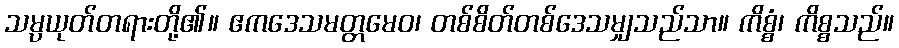
သမ္ပယုတ်တရားတို့၏။ ဧကဒေသမတ္တမေဝ၊ တစ်စိတ်တစ်ဒေသမျှသည်သာ။ ကိစ္စံ၊ ကိစ္စသည်။